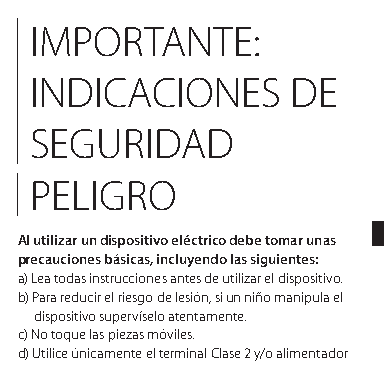
IMPORTANTE:
 INDICACIONES     DE
 SEGURIDAD
 PELIGRO
 Al utilizar un dispositivo eléctrico debe tomar unas
 precauciones básicas, incluyendo las siguientes:
 a) Lea todas instrucciones antes de utilizar el dispositivo.
 b) Para reducir el riesgo de lesión, si un niño manipula el
 dispositivo supervíselo atentamente.
 c) No toque las piezas móviles.
 d) Utilice únicamente el terminal Clase 2 y/o alimentador